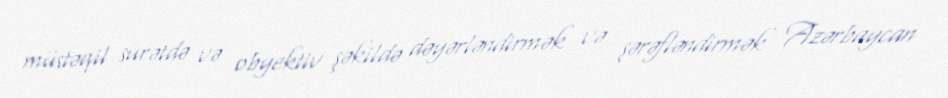
müstəqil surətdə və obyektiv şəkildə dəyərləndirmək və şərəfləndirmək Azərbaycan